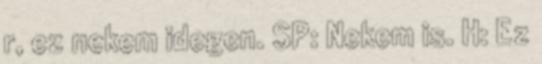
r, ez nekem idegen. SP: Nekem is. H: Ez